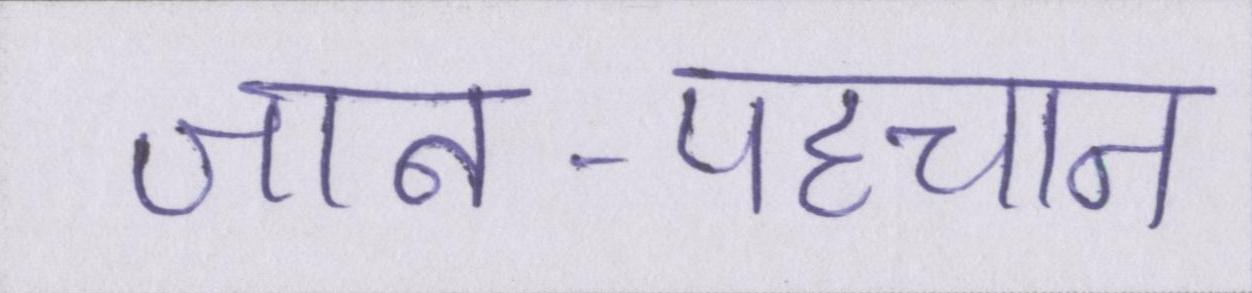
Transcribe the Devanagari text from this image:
जान-पहचान